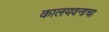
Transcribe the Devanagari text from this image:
कालयवनाचा